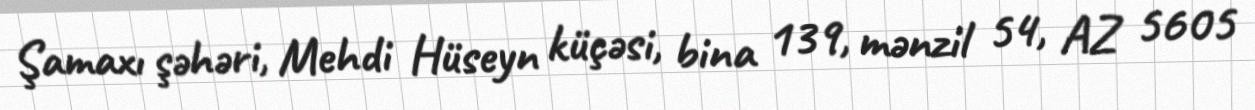
Şamaxı şəhəri, Mehdi Hüseyn küçəsi, bina 139, mənzil 54, AZ 5605